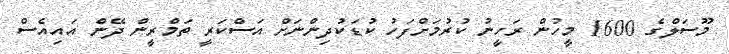
މޫސަލްގެ 1600 މީހުން ރަހީނު ކުރުމަށްފަހު ކުޑަކުދިންނަށް އަސްކަރީ ތަމްރީން ދޭން އައިއެސް